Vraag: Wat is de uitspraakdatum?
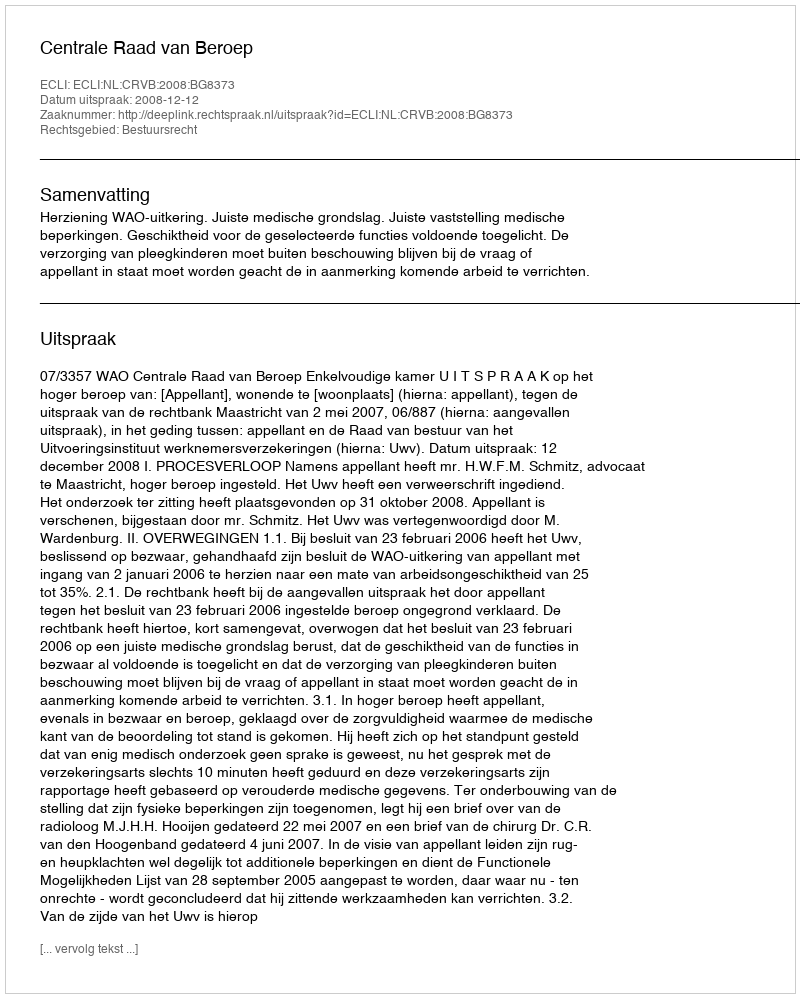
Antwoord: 2008-12-12